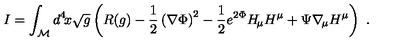
I = \int _ { \cal { M } } d ^ { 4 } \! x \sqrt { g } \left( R ( g ) - { \frac { 1 } { 2 } } \left( \nabla \Phi \right) ^ { 2 } - { \frac { 1 } { 2 } } e ^ { 2 \Phi } H _ { \! \mu } H ^ { \mu } + \Psi \nabla _ { \! \mu } H ^ { \mu } \right) \ .